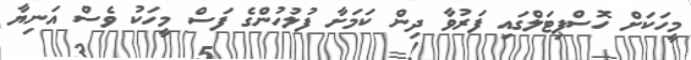
މީހަކަށް ހޮސްޕިޓަލްގައި ފަރުވާ ދިން ކަމަށާ ފުލުހުންގެ ފަސް މީހަކު ވެސް އަނިޔާ